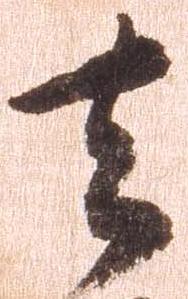
去